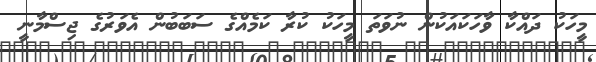
މީހަކު ދައްކާ ވާހަކައަކުން ނުވަތަ މީހަކު ކުރާ ކަމެއްގެ ސަބަބުން އެވަރުގެ ޖިސްމާނީ